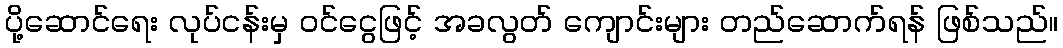
ပို့ဆောင်ရေး လုပ်ငန်းမှ ဝင်ငွေဖြင့် အခလွတ် ကျောင်းများ တည်ဆောက်ရန် ဖြစ်သည်။